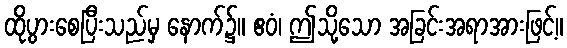
ထိုပွားစေပြီးသည်မှ နောက်၌။ ဧဝံ၊ ဤသို့သော အခြင်းအရာအားဖြင့်။